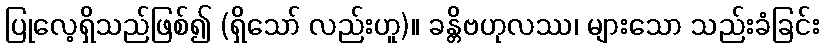
ပြုလေ့ရှိသည်ဖြစ်၍ (ရှိသော် လည်းဟူ)။ ခန္တိဗဟုလဿ၊ များသော သည်းခံခြင်း